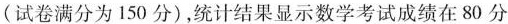
(试卷满分为150分)，统计结果显示数学考试成绩在80分到